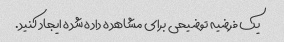
یک فرضیه توضیحی برای مشاهده داده شده ایجاد کنید.